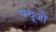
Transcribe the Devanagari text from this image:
फ्यूजों